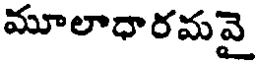
మూలాధారమవై